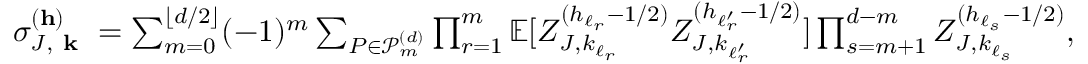
\begin{array} { r } { \sigma _ { J , \textbf { k } } ^ { ( \mathbf { h } ) } = \sum _ { m = 0 } ^ { \lfloor d / 2 \rfloor } ( - 1 ) ^ { m } \sum _ { P \in \mathcal { P } _ { m } ^ { ( d ) } } \prod _ { r = 1 } ^ { m } \mathbb { E } [ Z _ { J , k _ { \ell _ { r } } } ^ { ( h _ { \ell _ { r } } - 1 / 2 ) } Z _ { J , k _ { \ell _ { r } ^ { \prime } } } ^ { ( h _ { \ell _ { r } ^ { \prime } } - 1 / 2 ) } ] \prod _ { s = m + 1 } ^ { d - m } Z _ { J , k _ { \ell _ { s } } } ^ { ( h _ { \ell _ { s } } - 1 / 2 ) } , } \end{array}